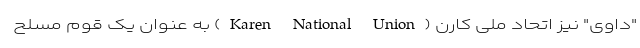
"داوی" نیز اتحاد ملی کارن (Karen National Union) به عنوان یک قوم مسلح